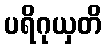
ပရိဂုယှတိ